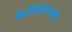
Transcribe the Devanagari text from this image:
फेरीबोटमधून